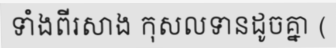
ទាំងពីរសាង កុសលទានដូចគ្នា (